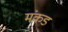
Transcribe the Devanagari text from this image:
मंकड